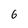
Character: 6